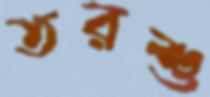
তরশু